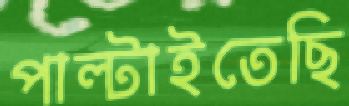
পাল্‌টাইতেছি